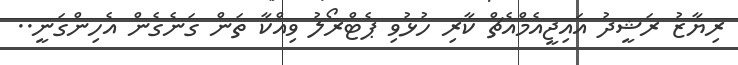
ރިޔާޒު ރަޝީދު އައިޖީއެމްއެޗް ކާރި ހުޅުވި ޕެޓްރޯލު ވިއްކާ ތަން ގަނެގެން އެހިންގަނީ..